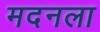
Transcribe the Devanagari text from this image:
मदनला